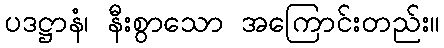
ပဒဋ္ဌာနံ၊ နီးစွာသော အကြောင်းတည်း။